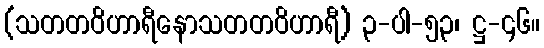
(သတတဝိဟာရီနောသတတဝိဟာရီ) ၃-ပါ-၅၃၊ ဋ္ဌ-၄၆။